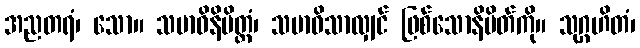
အညတရံ၊ သော။ သမာဓိနိမိတ္တံ၊ သမာဓိသာလျှင် ဖြစ်သောနိမိတ်ကို။ သုဂ္ဂဟိတံ၊